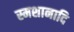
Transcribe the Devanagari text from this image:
स्मशानादि